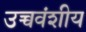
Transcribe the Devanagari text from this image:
उच्चवंशीय